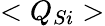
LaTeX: {<Q_{Si}>}